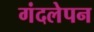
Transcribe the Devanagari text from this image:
गंदलेपन